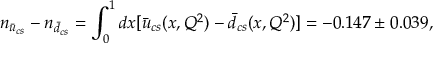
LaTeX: n _ { \bar { u } _ { c s } } - n _ { \bar { d } _ { c s } } = \int _ { 0 } ^ { 1 } d x [ \bar { u } _ { c s } ( x , Q ^ { 2 } ) - \bar { d } _ { c s } ( x , Q ^ { 2 } ) ] = - 0 . 1 4 7 \pm 0 . 0 3 9 ,